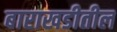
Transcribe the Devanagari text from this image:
बाराखडीतील